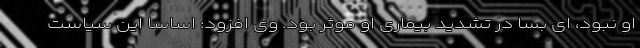
او نبود، ای بسا در تشدید بیماری او موثر بود. وی افزود: اساسا این سیاست